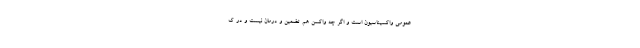
عمومی واکسیناسیون است و اگر چه واکسن هم تضمین و درمان نیست و در ک